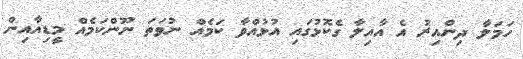
ހަމަލާ ދިންއިރު އެ އާއިލާ ގެކޮޅުގައި އުޅުއްވާ ކަމެއް ނުވަތަ ނޫންކަމެއް މީޑިއާއިން